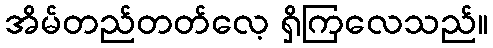
အိမ်တည်တတ်လေ့ ရှိကြလေသည်။